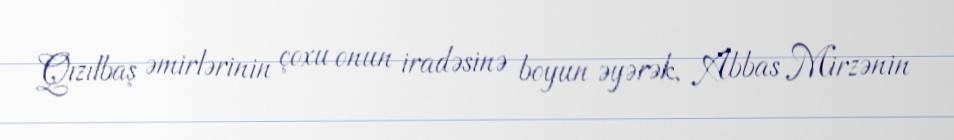
Qızılbaş əmirlərinin çoxu onun iradəsinə boyun əyərək, Abbas Mirzənin